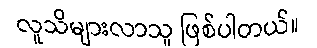
လူသိများလာသူ ဖြစ်ပါတယ်။